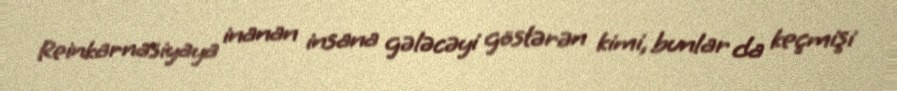
Reinkarnasiyaya inanan insana gələcəyi göstərən kimi, bunlar da keçmişi